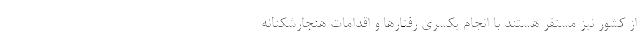
از کشور نیز مستقر هستند با انجام یکسری رفتارها و اقدامات هنجارشکنانه